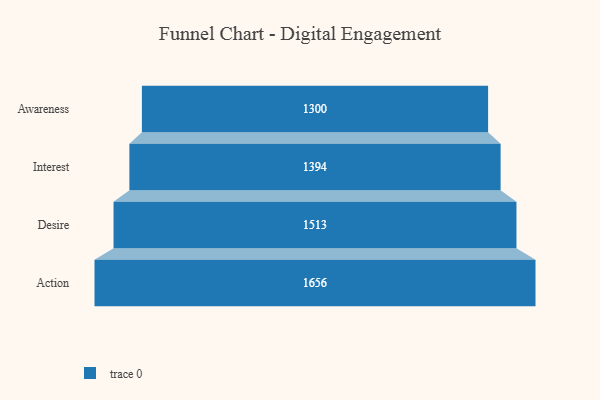
{"axis": {"x": "Stage", "y": "Value"}, "legend": [""], "data": [{"x": "Awareness", "y": 1300.0, "type": ""}, {"x": "Interest", "y": 1394.0, "type": ""}, {"x": "Desire", "y": 1513.0, "type": ""}, {"x": "Action", "y": 1656.0, "type": ""}]}